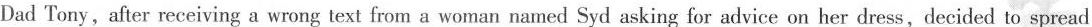
Dad Tony, after receiving a wrong text from a woman named Syd asking for advice on her dress,decided to spread